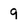
Character: 9